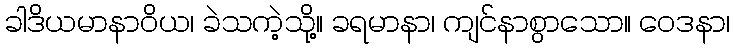
ခါဒိယမာနာဝိယ၊ ခဲသကဲ့သို့။ ခရမာနာ၊ ကျင်နာစွာသော။ ဝေဒနာ၊